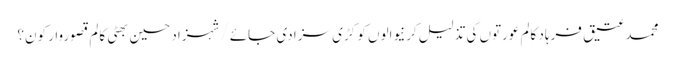
محمد عتیق فرہاد کالم	عورتوں کی تذلیل کرنیوالوں کو کڑی سزا دی جائے/شہزاد حسین بھٹی	کالم	قصوروار کون؟